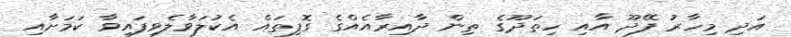
އަދި މިހާރު ފޭދޫ އާއި ހިތަދޫގެ ތިން ދާއިރާއެއްގެ ގޮފިތައް އެކުލަވާލެވިފައިވާ ކަމަށާއި